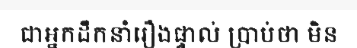
ជាអ្នកដឹកនាំរឿងផ្ទាល់ ប្រាប់ថា មិន